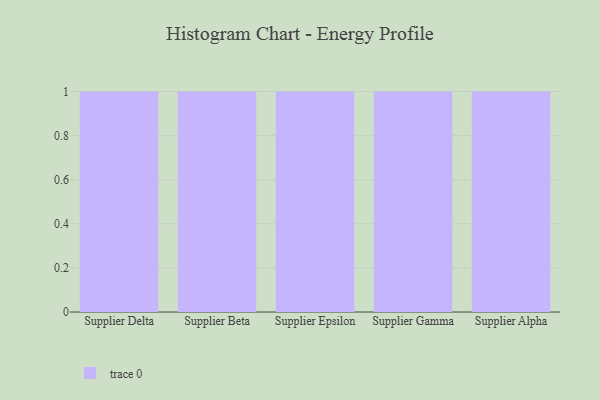
{"axis": {"x": "Supplier", "y": "Page Views"}, "legend": [""], "data": [{"x": "Supplier Delta", "y": 62, "type": ""}, {"x": "Supplier Beta", "y": 19, "type": ""}, {"x": "Supplier Epsilon", "y": 29, "type": ""}, {"x": "Supplier Gamma", "y": 7, "type": ""}, {"x": "Supplier Alpha", "y": 17, "type": ""}]}